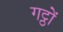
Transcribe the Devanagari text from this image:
गट्ठों